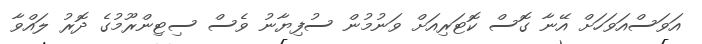
އަވަސްއަވަހަށް އޭނާ ގޮސް ކޮޓަރިއަށް ވަނުމުން ސުފިޔާނު ވެސް ސިޓިންރޫމުގެ ދޮރު ލައްވާ